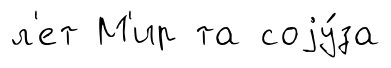
л'ет М'ир та соjу́за